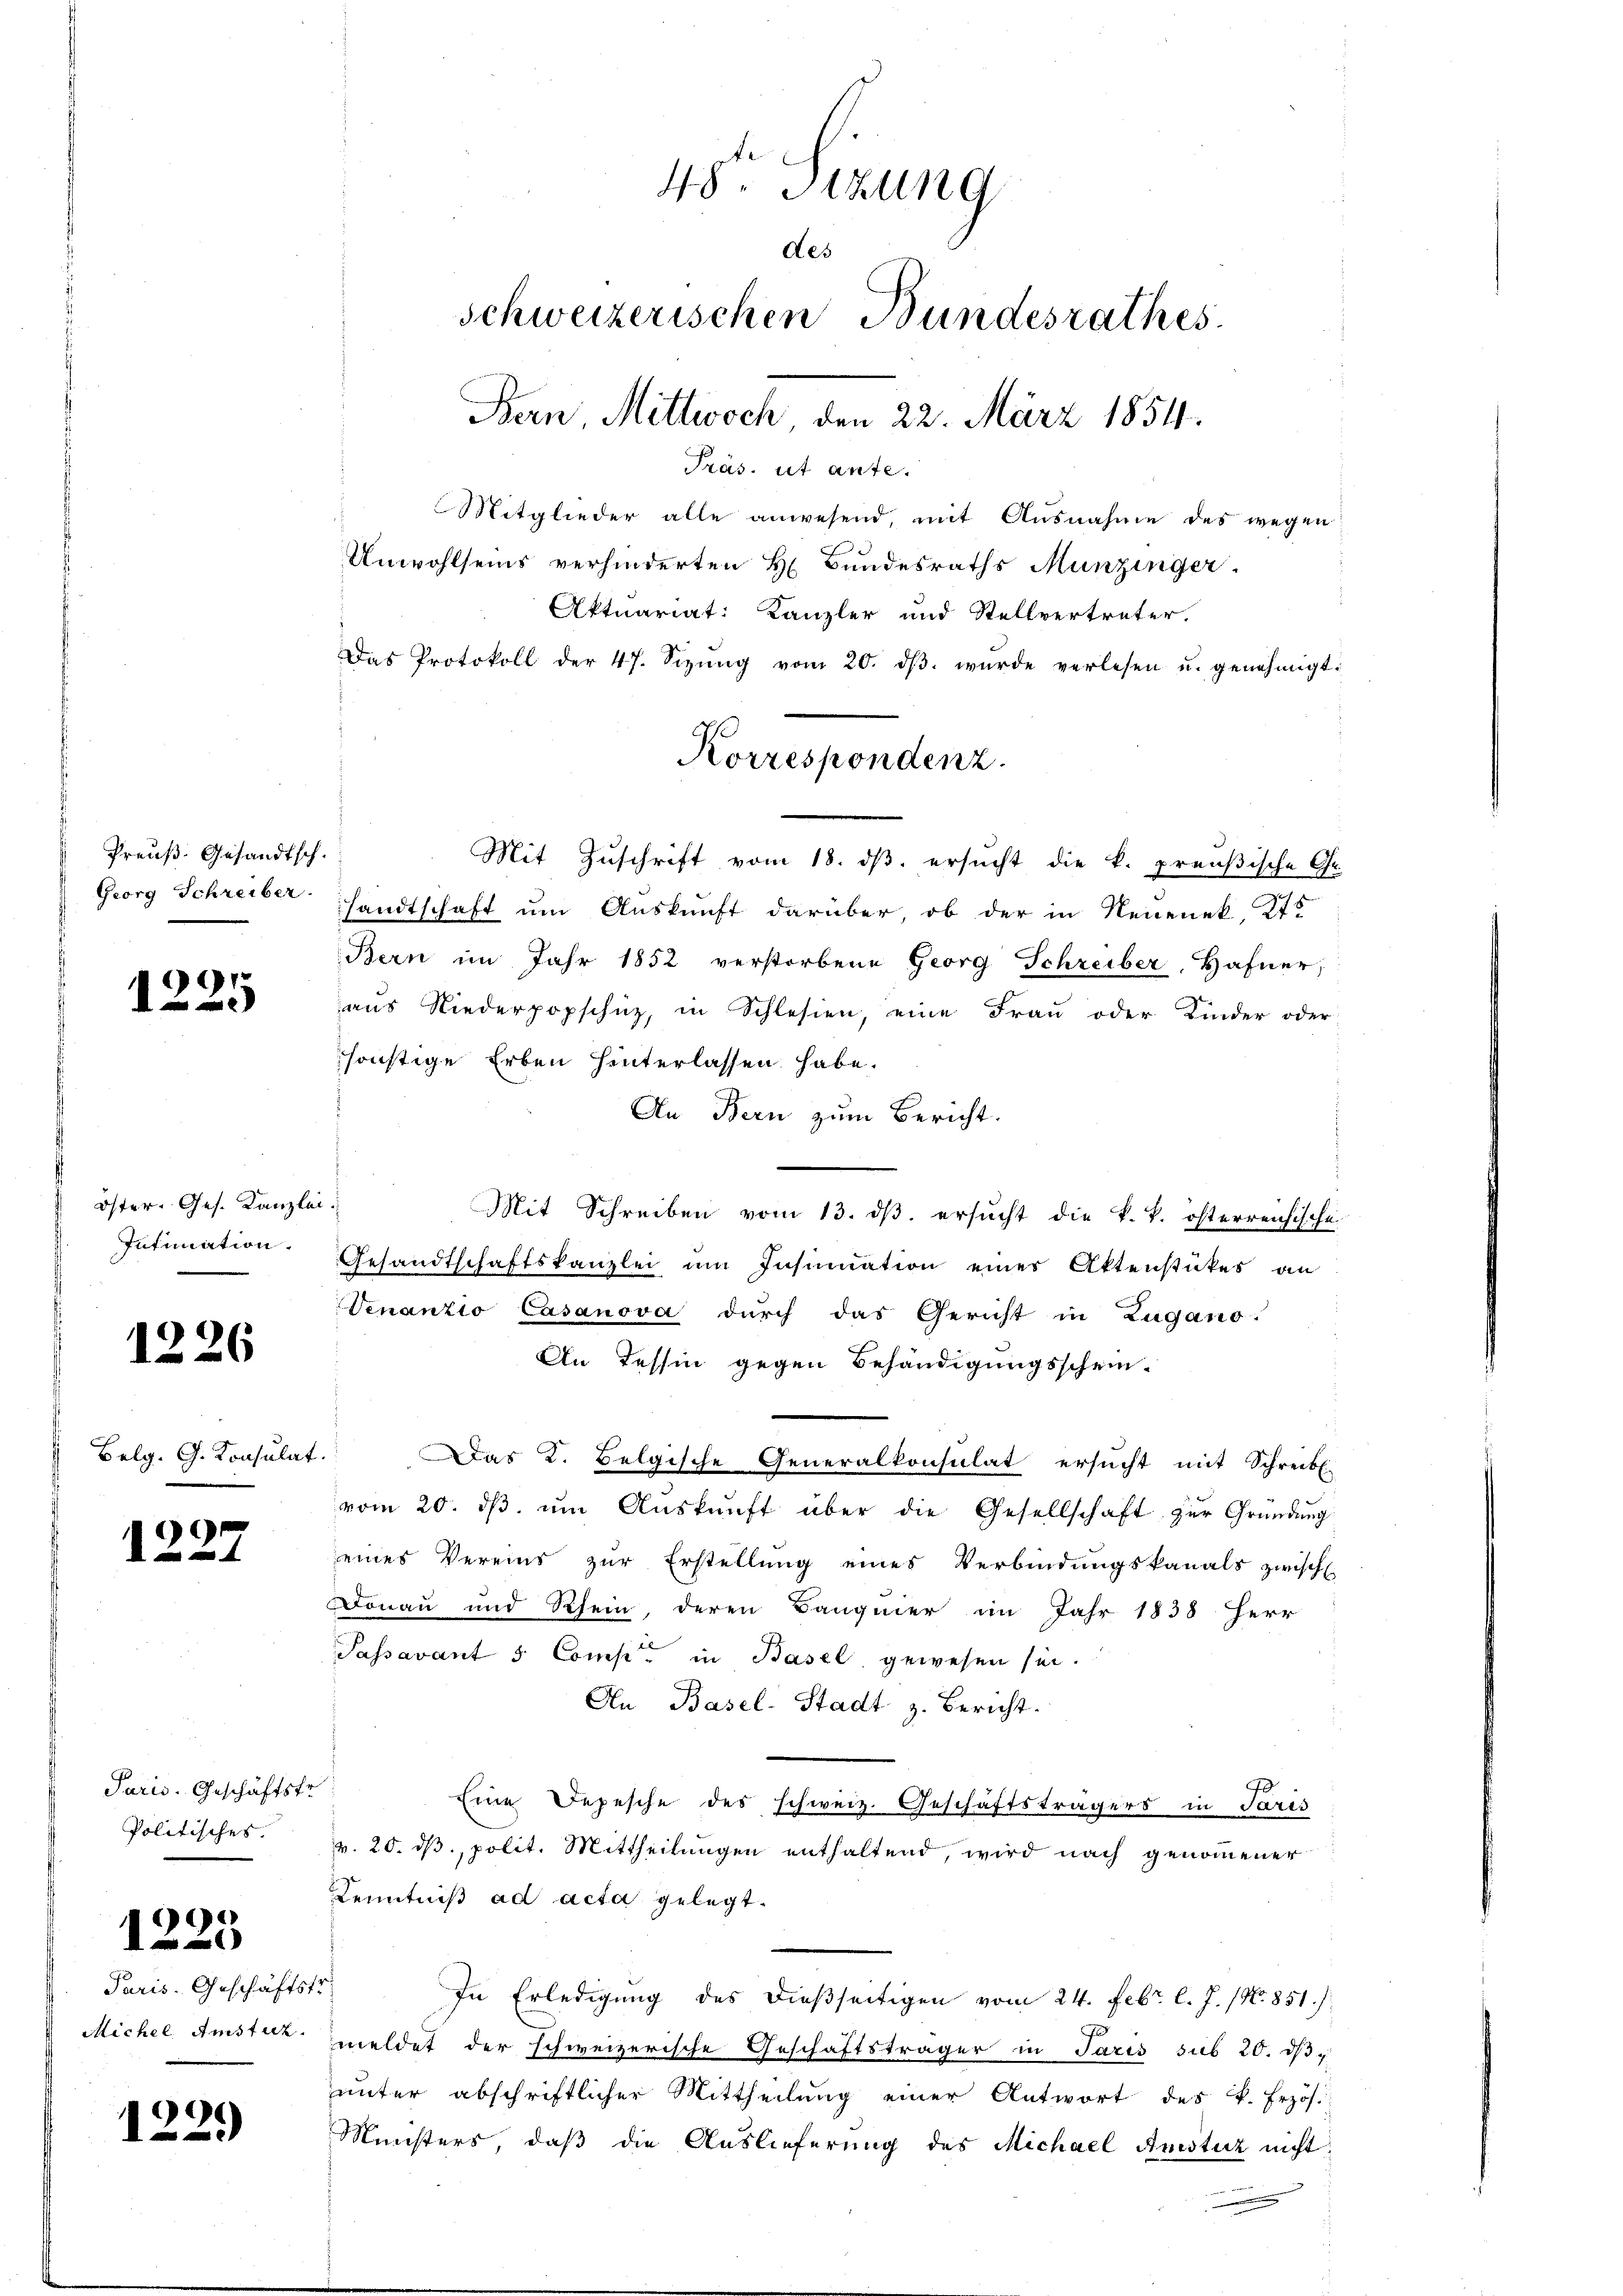
r

Öster-Ges. Kanzle
Intimation.

1226

Belg. G. Konsulat

99

Paris. Geschäftsfr
Politisches.

1223

Paris. Geschäftst
Michel Amstur.

1229

Preuß. Gesandtsch.
Georg Schreiber.

48. Sitzung
des
schweizerischen Bundesrathes.
Bern, Mittwoch, den 22. März 1854.
Präs. ut ante.
Mitglieder alle anwesend, mit Ausnahme des wegen
Unwohlseins verhinderten H. Bundesraths Munzinger.
Aktuariat: Kanzler und Stellvertreter.
Das Protokoll der 47. Sizŭng vom 20. dβ. wurde verlesen u. genehmigt.

Korrespondenz.

Mit Zuschrift vom 18. ds. ersucht die k. preußische Ge-
sandtschaft um Auskunft darüber, ob der in Neuenek, 275
Bern im Jahr 1852 verstorbene Georg Schreiber, Hafner,
aŭs Niederpopschüz, in Schlesien, eine Frau oder Kinder oder
sonstige Erben hinterlassen habe.
An Bern zum Bericht.
d
Mit Schreiben vom 13. dβ. ersŭcht die k. k. österreichische
Gesandtschaftskanzlei um Insinuation einer Aktenstückes an
Venanzio Casanova durch das Gericht in Zugano.
An Tessin gegen Behändigungsschein-
Das K. Belgische Generalkonsulat ersucht mit Schreibl
vom 20. dβ ŭm Aŭskŭnft über die Gesellschaft zur Gründung
eines Vereins zur Erstellung eines Verbindungskanals zwisch
Donau und Rhein, deren Baugmer im Jahr 1838 Herr
Passavant 5 Comp. in Basel gewesen sei.
An Basel-Stadt z. Bericht.
Eine Depesche des schweiz. Geschäftsträgers in Paris
v. 20. ds, polit. Mittheilungen enthaltend, wird nach genommener
Kenntniß ad acta gelegt.
In Erledigung des dießseitigen vom 24. Febr. l. J. (N. 851.
meldet der schweizerische Geschäftsträger in Paris sub 20. d.
ŭnter abschriftlicher Mittheilŭng einer Antwort des k. Erzös.
Minsters, daß die Auslieferung des Michael Amsturz nicht